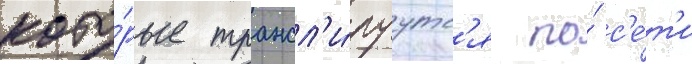
кото́рые трансл'и́руутс'я по́ с'е́т'и